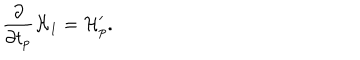
\frac { \partial } { \partial t _ { p } } { \cal H } _ { 1 } = { \cal H } _ { p } ^ { \prime } .